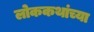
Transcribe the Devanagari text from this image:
लोककथांच्या